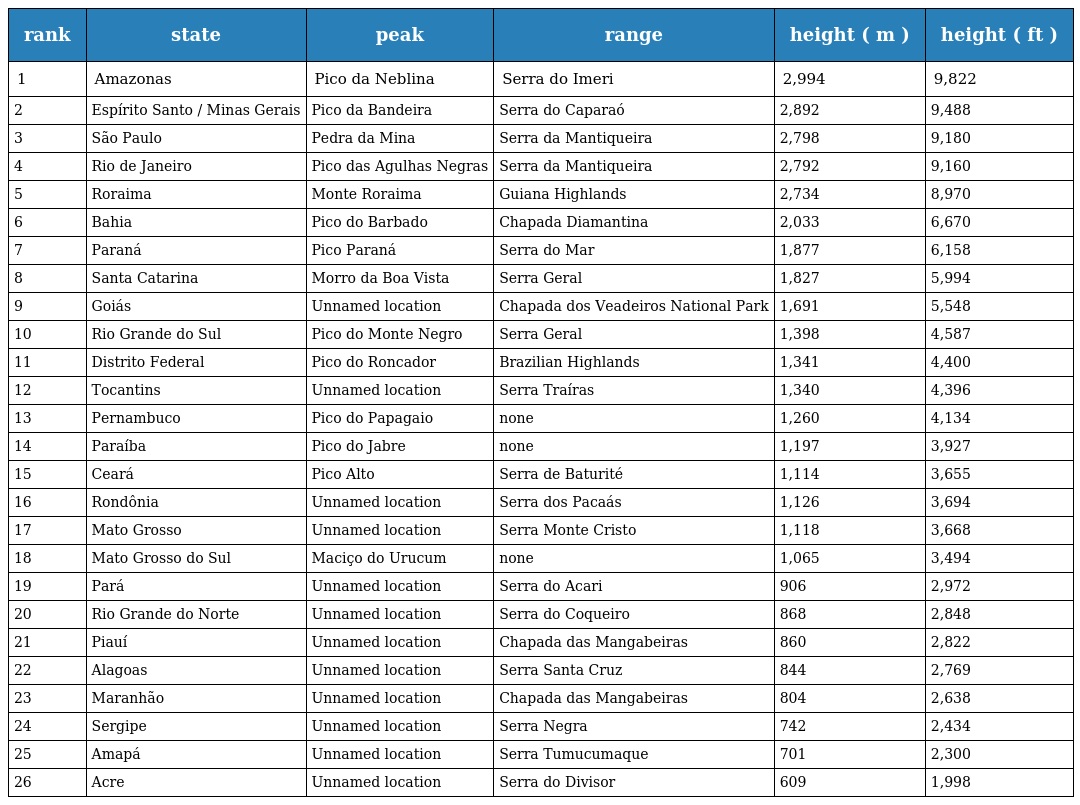
| rank | state | peak | range | height ( m ) | height ( ft ) |
 | --- | --- | --- | --- | --- | --- |
 | 1 | Amazonas | Pico da Neblina | Serra do Imeri | 2,994 | 9,822 |
 | 2 | Espírito Santo / Minas Gerais | Pico da Bandeira | Serra do Caparaó | 2,892 | 9,488 |
 | 3 | São Paulo | Pedra da Mina | Serra da Mantiqueira | 2,798 | 9,180 |
 | 4 | Rio de Janeiro | Pico das Agulhas Negras | Serra da Mantiqueira | 2,792 | 9,160 |
 | 5 | Roraima | Monte Roraima | Guiana Highlands | 2,734 | 8,970 |
 | 6 | Bahia | Pico do Barbado | Chapada Diamantina | 2,033 | 6,670 |
 | 7 | Paraná | Pico Paraná | Serra do Mar | 1,877 | 6,158 |
 | 8 | Santa Catarina | Morro da Boa Vista | Serra Geral | 1,827 | 5,994 |
 | 9 | Goiás | Unnamed location | Chapada dos Veadeiros National Park | 1,691 | 5,548 |
 | 10 | Rio Grande do Sul | Pico do Monte Negro | Serra Geral | 1,398 | 4,587 |
 | 11 | Distrito Federal | Pico do Roncador | Brazilian Highlands | 1,341 | 4,400 |
 | 12 | Tocantins | Unnamed location | Serra Traíras | 1,340 | 4,396 |
 | 13 | Pernambuco | Pico do Papagaio | none | 1,260 | 4,134 |
 | 14 | Paraíba | Pico do Jabre | none | 1,197 | 3,927 |
 | 15 | Ceará | Pico Alto | Serra de Baturité | 1,114 | 3,655 |
 | 16 | Rondônia | Unnamed location | Serra dos Pacaás | 1,126 | 3,694 |
 | 17 | Mato Grosso | Unnamed location | Serra Monte Cristo | 1,118 | 3,668 |
 | 18 | Mato Grosso do Sul | Maciço do Urucum | none | 1,065 | 3,494 |
 | 19 | Pará | Unnamed location | Serra do Acari | 906 | 2,972 |
 | 20 | Rio Grande do Norte | Unnamed location | Serra do Coqueiro | 868 | 2,848 |
 | 21 | Piauí | Unnamed location | Chapada das Mangabeiras | 860 | 2,822 |
 | 22 | Alagoas | Unnamed location | Serra Santa Cruz | 844 | 2,769 |
 | 23 | Maranhão | Unnamed location | Chapada das Mangabeiras | 804 | 2,638 |
 | 24 | Sergipe | Unnamed location | Serra Negra | 742 | 2,434 |
 | 25 | Amapá | Unnamed location | Serra Tumucumaque | 701 | 2,300 |
 | 26 | Acre | Unnamed location | Serra do Divisor | 609 | 1,998 |